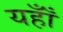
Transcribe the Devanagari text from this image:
यहाँँ